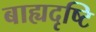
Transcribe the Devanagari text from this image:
बाह्यदृष्टि